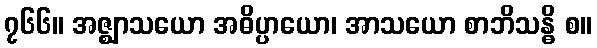
၇၆၆။ အဇ္ဈာသယော အဓိပ္ပာယော၊ အာသယော စာဘိသန္ဓိ စ။